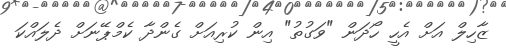
ޒާހިލް އަށް އެހީ ހޯދަން "ވަގުތު" އިން ކުރިއަށް ގެންދާ ކެމްޕޭނަށް ދެލައްކަ